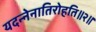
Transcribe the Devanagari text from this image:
यदन्नेनातिरोहति॥२॥